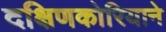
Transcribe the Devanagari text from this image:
दक्षिणकोरियाने